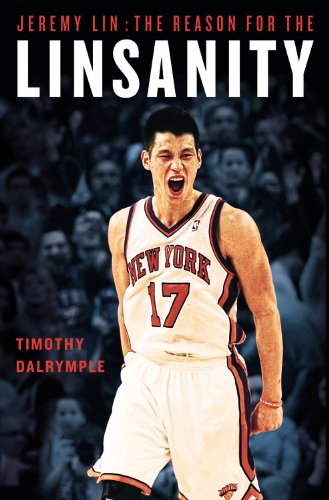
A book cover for Jeremy Lin: The Reason for the Linsanity; Timothy Dalrymple; Biographies & Memoirs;